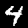
Digit: 4